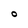
Character: O